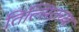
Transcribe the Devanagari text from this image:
तिल्सितच्या